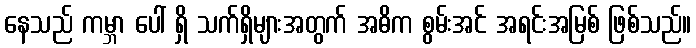
နေသည် ကမ္ဘာ ပေါ် ရှိ သက်ရှိများအတွက် အဓိက စွမ်းအင် အရင်းအမြစ် ဖြစ်သည်။